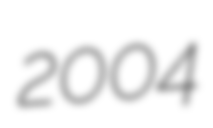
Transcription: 2004